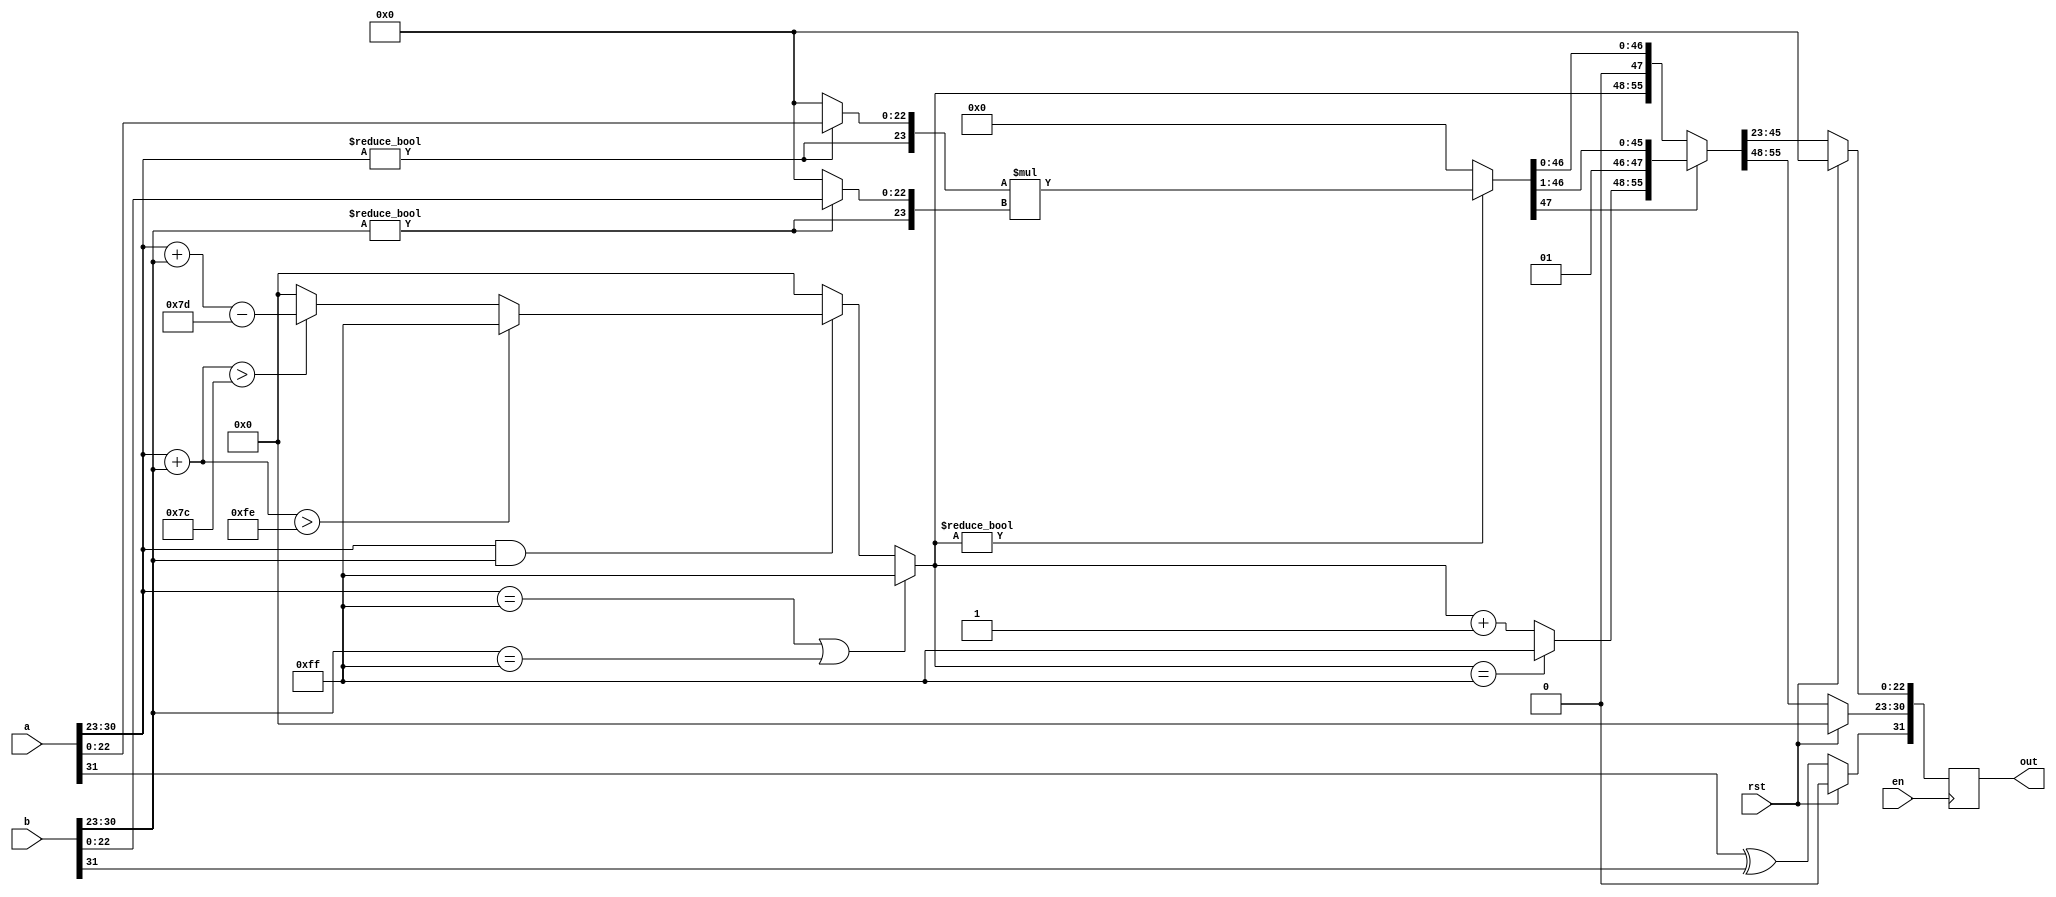
module approx_mult(
  input [31:0] a,b,
  input en,rst,
  output reg [31:0] out 
);

reg [23:0] man_a, man_b;
reg [7:0] exp_f;
reg [47:0] man_f;

always @(posedge en) begin
if(!rst) begin
  out[31] = a[31]^b[31];
  man_a[23] = (a[30:23]!=0);
  man_b[23] = (b[30:23]!=0);
  man_a[22:0] = (a[30:23]!=0)?a[22:0]:0;
  man_b[22:0] = (b[30:23]!=0)?b[22:0]:0;
  exp_f = (a[30:23]+b[30:23]>9'd124)?a[30:23]+b[30:23]-9'd125:0;
  exp_f = (a[30:23]+b[30:23]>9'd254)?9'd255:exp_f;
  exp_f = (a[30:23] && b[30:23])?exp_f:0;
  exp_f = (a[30:23]==255 || b[30:23]==255)?255:exp_f;
  man_f = (exp_f)?man_a*man_b:0;
  if(man_f[47] == 1)  {exp_f,man_f} = {(exp_f==255)?255:exp_f+1,man_f>>1};
  else {exp_f,man_f} = {exp_f,man_f};
  

  out[30:23] = exp_f[7:0];
  out[22:0] = man_f[45:23];
  end 
else
{exp_f, man_a, man_b, man_f, out} = 0;
end
    
endmodule